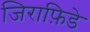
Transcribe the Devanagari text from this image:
जिराफ़िडे